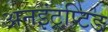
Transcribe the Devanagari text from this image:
अनइंट्रप्टि़ड